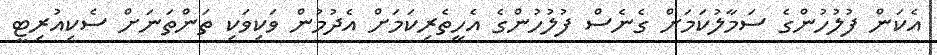
އެކަން ފުލުހުންގެ ސަމާލުކަމަށް ގެނެސް ފުލުހުންގެ އެހީތެރިކަމަށް އެދުމުން ވަކިވަކި ތަންތަނަށް ސެކިއުރިޓީ